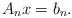
LaTeX: \begin{align*} A_{n} x = b_{n}.\end{align*}